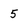
Character: 5